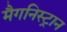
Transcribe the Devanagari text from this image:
मैगनिस्ट्रान